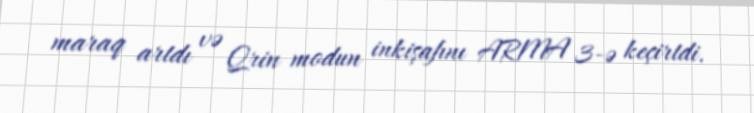
maraq artdı və Qrin modun inkişafını ARMA 3-ə keçirtdi.